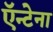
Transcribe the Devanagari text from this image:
ऍन्टेना